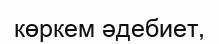
көркем әдебиет,